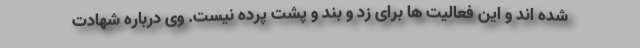
شده اند و این فعالیت ها برای زد و بند و پشت پرده نیست. وی درباره شهادت